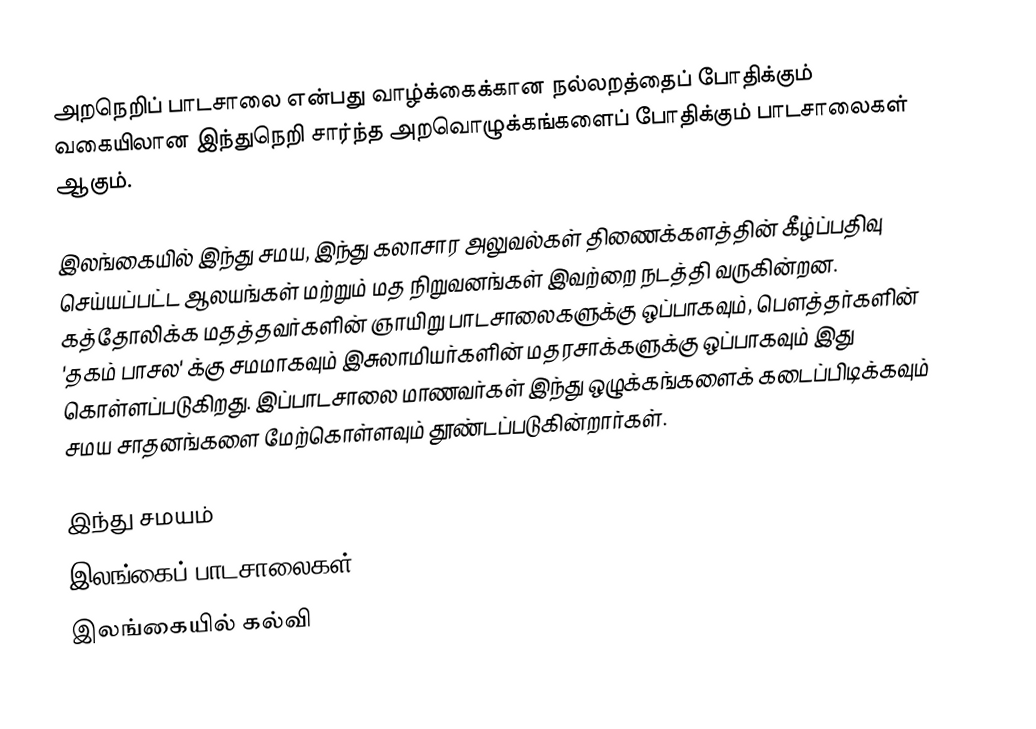
அறநெறிப் பாடசாலை என்பது வாழ்க்கைக்கான நல்லறத்தைப் போதிக்கும் வகையிலான இந்துநெறி சார்ந்த அறவொழுக்கங்களைப் போதிக்கும் பாடசாலைகள் ஆகும்.

இலங்கையில் இந்து சமய, இந்து கலாசார அலுவல்கள் திணைக்களத்தின் கீழ்ப்பதிவு செய்யப்பட்ட ஆலயங்கள் மற்றும் மத நிறுவனங்கள் இவற்றை நடத்தி வருகின்றன. கத்தோலிக்க மதத்தவர்களின் ஞாயிறு பாடசாலைகளுக்கு ஒப்பாகவும், பௌத்தர்களின் 'தகம் பாசல' க்கு சமமாகவும் இசுலாமியர்களின் மதரசாக்களுக்கு ஒப்பாகவும் இது கொள்ளப்படுகிறது. இப்பாடசாலை மாணவர்கள் இந்து ஒழுக்கங்களைக் கடைப்பிடிக்கவும் சமய சாதனங்களை மேற்கொள்ளவும் தூண்டப்படுகின்றார்கள்.

இந்து சமயம்
இலங்கைப் பாடசாலைகள்
இலங்கையில் கல்வி